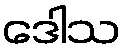
ဒေါသ